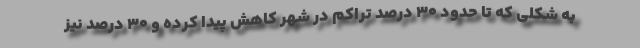
به شکلی که تا حدود ۳۰ درصد تراکم در شهر کاهش پیدا کرده و ۳۰ درصد نیز